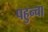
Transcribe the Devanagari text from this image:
पहुन्चा